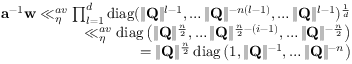
\begin{array} { r } { \mathbf { a } ^ { - 1 } \mathbf { w } \ll _ { \eta } ^ { a v } \prod _ { l = 1 } ^ { d } \operatorname { d i a g } ( \Vert \mathbf { Q } \Vert ^ { l - 1 } , \dots \Vert \mathbf { Q } \Vert ^ { - n ( l - 1 ) } , \dots \Vert \mathbf { Q } \Vert ^ { l - 1 } ) ^ { \frac { 1 } { d } } } \\ { \ll _ { \eta } ^ { a v } \operatorname { d i a g } \left( \Vert \mathbf { Q } \Vert ^ { \frac { n } { 2 } } , \dots \Vert \mathbf { Q } \Vert ^ { \frac { n } { 2 } - ( i - 1 ) } , \dots \Vert \mathbf { Q } \Vert ^ { - \frac { n } { 2 } } \right) } \\ { = \Vert \mathbf { Q } \Vert ^ { \frac { n } { 2 } } \operatorname { d i a g } \left( 1 , \Vert \mathbf { Q } \Vert ^ { - 1 } , \dots \Vert \mathbf { Q } \Vert ^ { - n } \right) } \end{array}